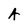
Character: A